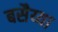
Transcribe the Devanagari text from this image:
बसैय्या